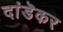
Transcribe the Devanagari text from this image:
दांडॆकर